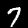
Digit: 7